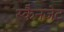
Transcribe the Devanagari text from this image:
स्कैनजेट